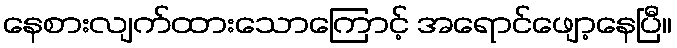
နေစားလျက်ထားသောကြောင့် အရောင်ဖျော့နေပြီ။